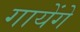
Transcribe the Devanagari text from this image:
गायेंगे